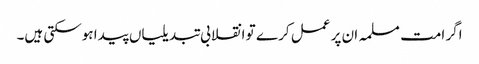
اگر امت مسلمہ ان پر عمل کر ے تو انقلابی تبدیلیاں پیدا ہوسکتی ہیں۔